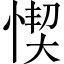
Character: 𢝛